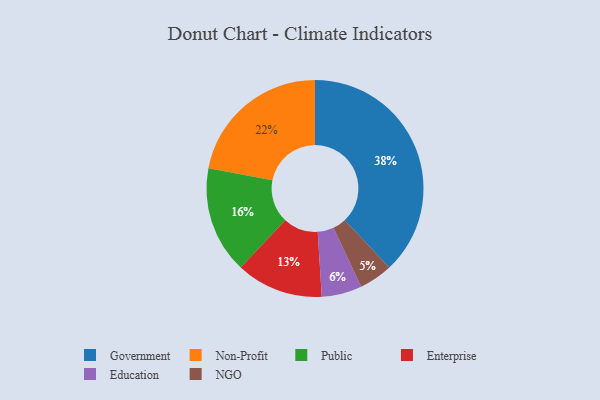
{"axis": {"x": "Category", "y": "Percentage"}, "legend": ["Education", "Enterprise", "Government", "NGO", "Non-Profit", "Public"], "data": [{"x": "Public", "y": 16, "type": "Public"}, {"x": "Non-Profit", "y": 22, "type": "Non-Profit"}, {"x": "Education", "y": 6, "type": "Education"}, {"x": "Enterprise", "y": 13, "type": "Enterprise"}, {"x": "Government", "y": 38, "type": "Government"}, {"x": "NGO", "y": 5, "type": "NGO"}]}